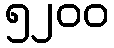
၅၂၀၀